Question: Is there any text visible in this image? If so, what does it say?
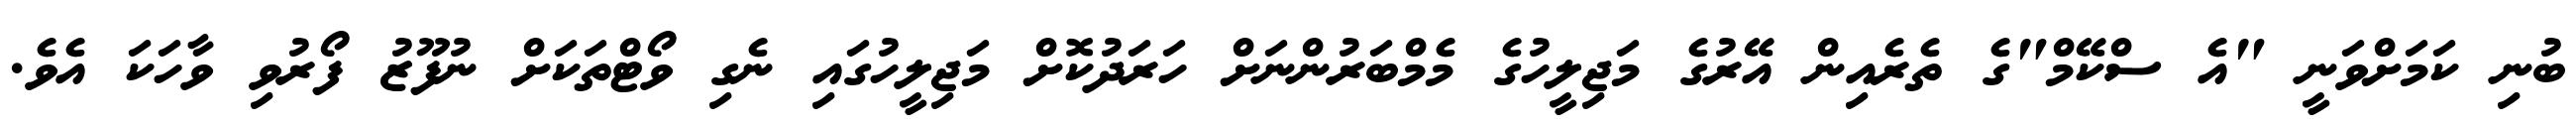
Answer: ބުނި ކަމަށްވަނީ "އެ ސްކޭމް"ގެ ތެރެއިން އޭރުގެ މަޖިލީހުގެ މެމްބަރުންނަށް ހަރަދުކޮށް މަޖިލީހުގައި ނެގި ވޯޓްތަކަށް ނުފޫޒު ފޯރުވި ވާހަކަ އެވެ.